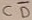
Text: CD